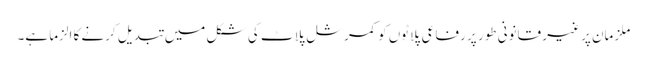
ملزمان پر غیر قانونی طور پر رفاعی پلاٹوں کو کمرشل پلاٹ کی شکل میں تبدیل کرنے کا الزما ہے۔